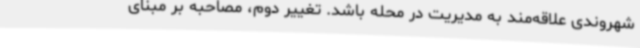
شهروندی علاقه‌مند به مدیریت در محله باشد. تغییر دوم، مصاحبه بر مبنای